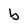
Character: b